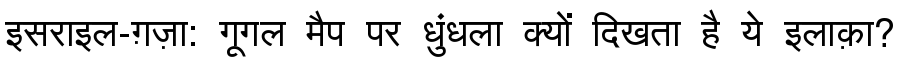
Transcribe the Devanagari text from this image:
इसराइल-ग़ज़ा: गूगल मैप पर धुंधला क्यों दिखता है ये इलाक़ा?